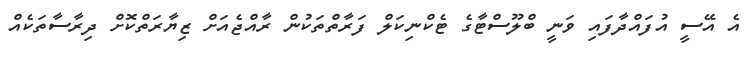
އެ އޭސީ އުފައްދާފައި ވަނީ ބްލޫސްޓާގެ ޓެކްނިކަލް ފަރާތްތަކުން ރާއްޖެއަށް ޒިޔާރަތްކޮށް ދިރާސާތަކެއް